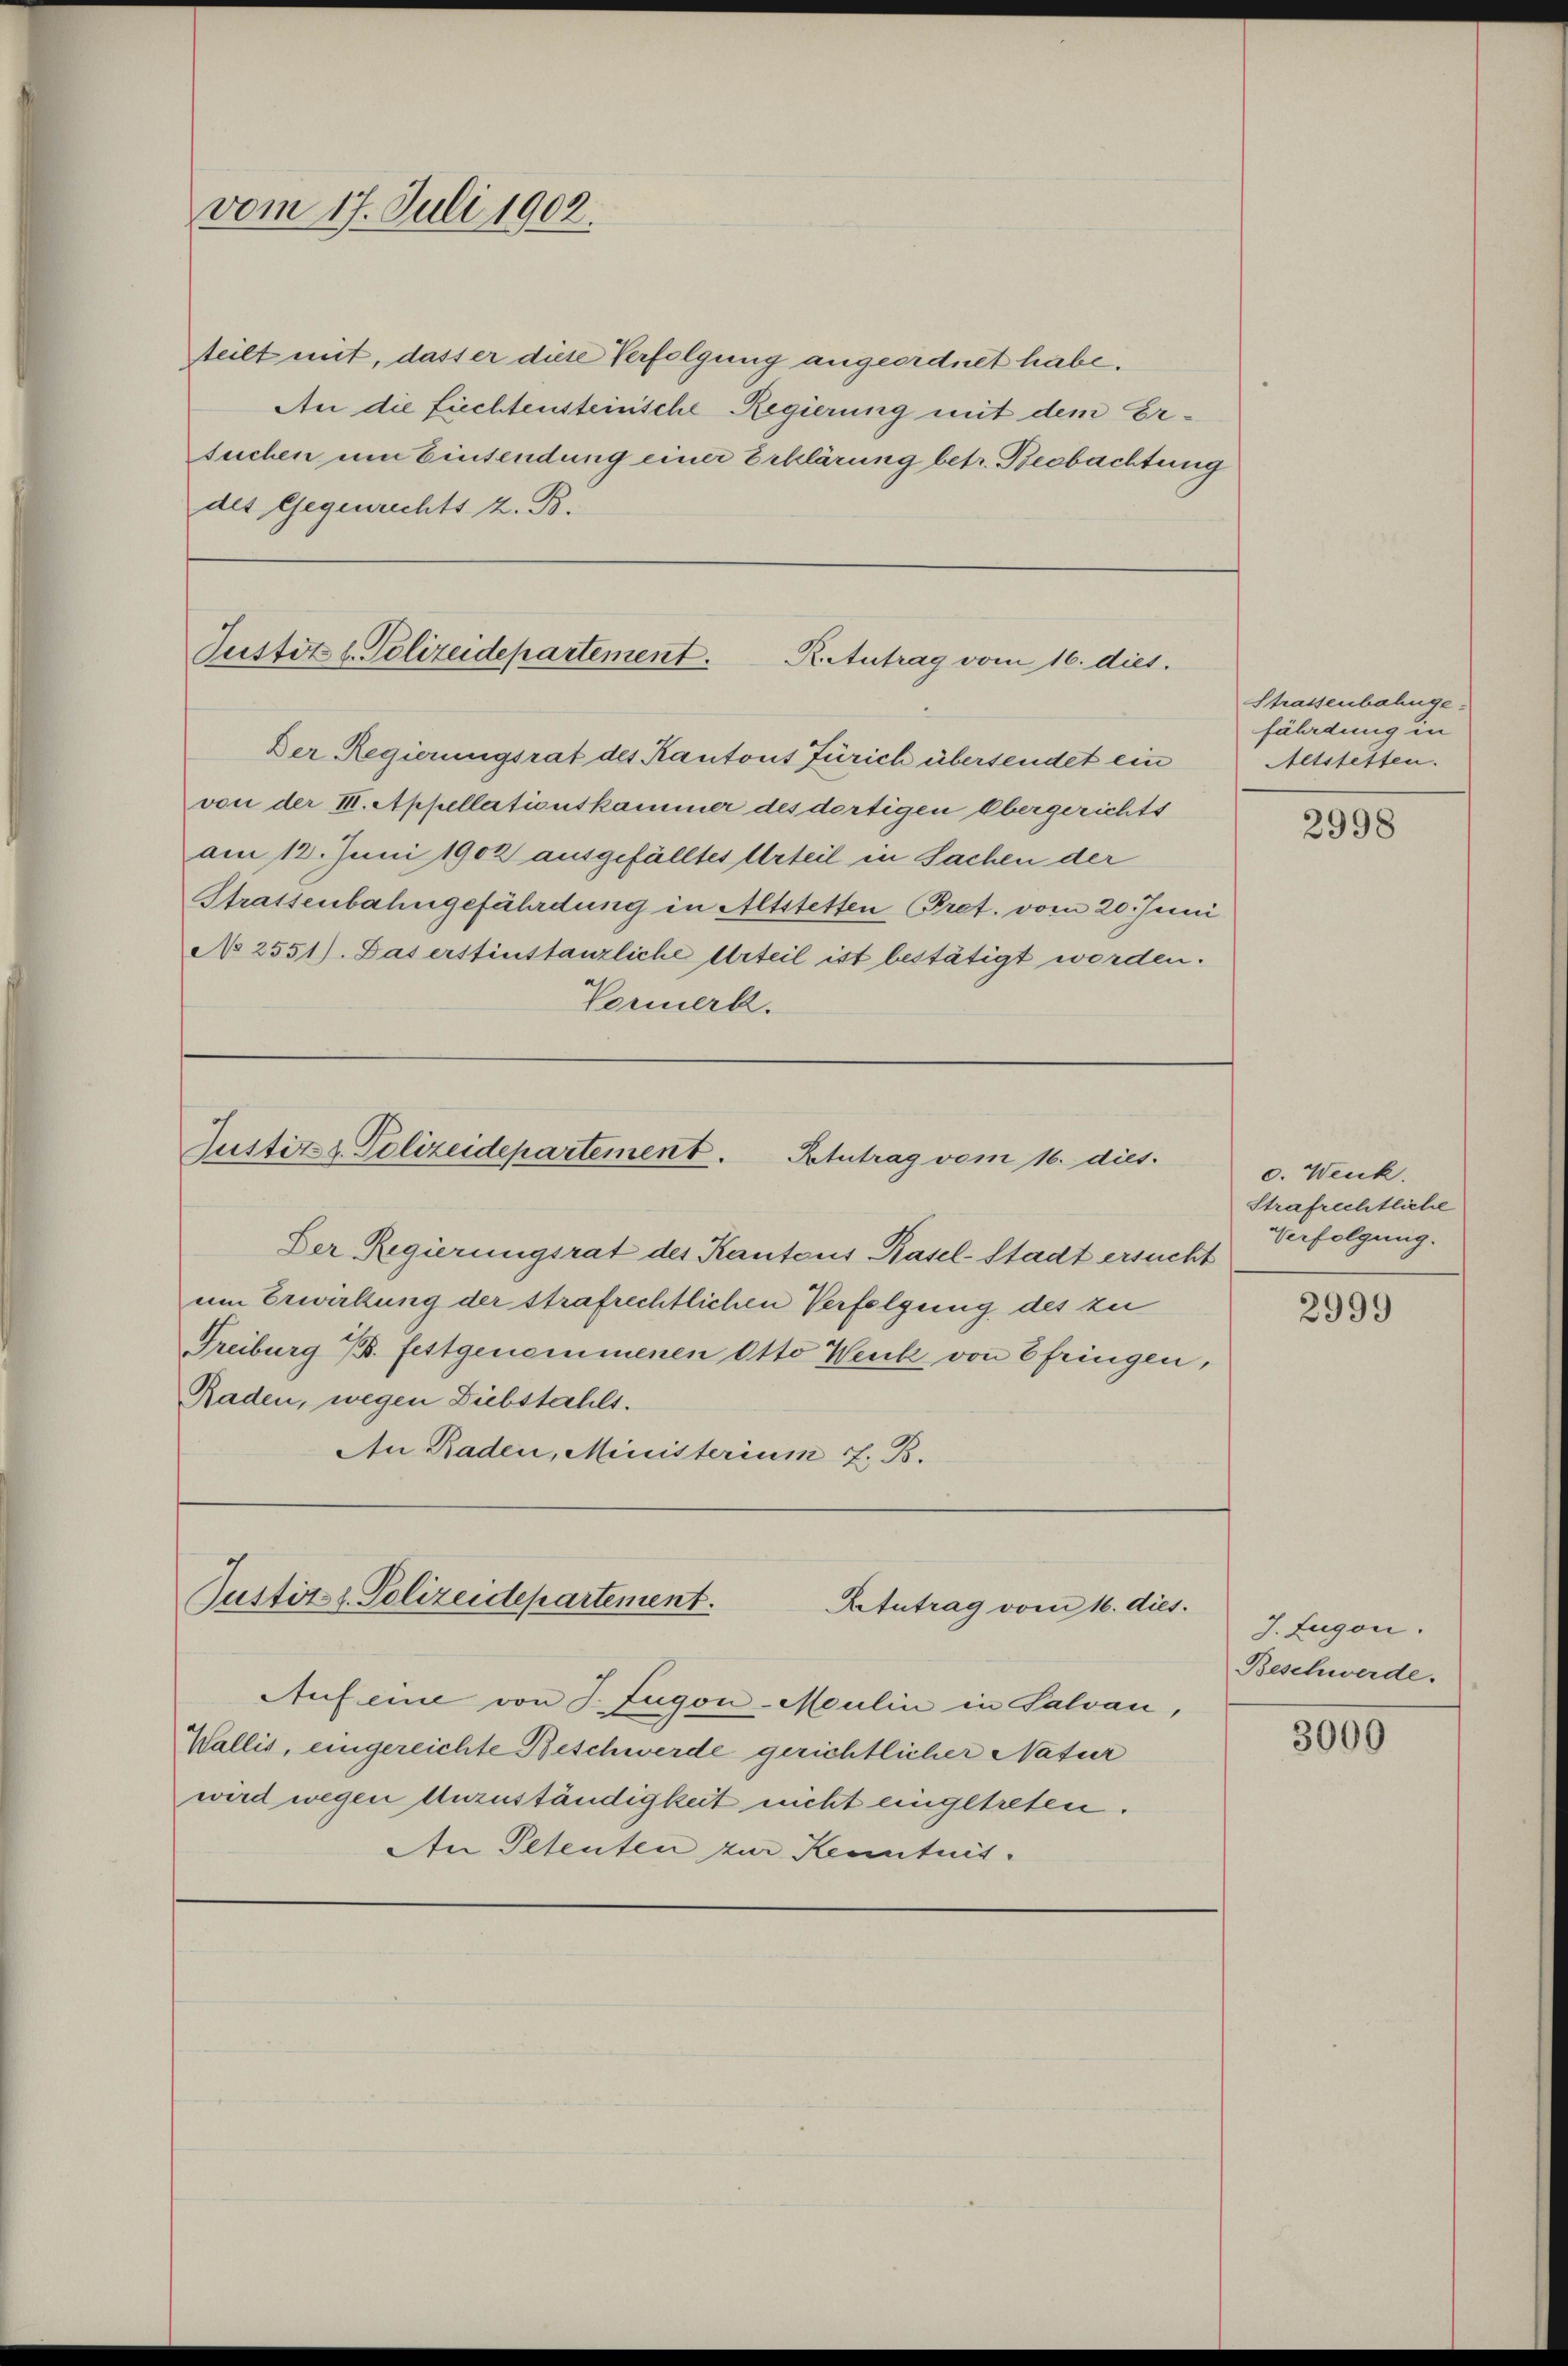
vom 17. Juli 1902.

teilt mit, dasser diese Verfolgung angeordnet habe.
An die fiechtensteinsche Regierung mit dem Ersuchen um Einsendung einer Erklärung betr. Beobachtung
des Gegenrechts z. B.

Justiz l. Polizeidepartement.
R. Antrag vom 16. dies.

Justiz z. Polizeidepartement.
Atutrag vom 16. dies.

Der Regierungsrat des Kantons Zürich übersendet ein
von der III. Appellationskammer des dortigen Obergerichts
am 12. Juni 1902 ausgefälltes Urteil in Sachen der
Strassenbahngefährdung in Altstetten Pret. vom 20. Juni
No 2551). Das erstinstanzliche Urteil ist bestätigt worden.
Vormerk.

Justiz- & Polizeidepartement.
Retutrag vom 16. dies.

Der Regierungsrat des Kantons Basel-Stadt ersucht
um Erwirkung der strafrechtlichen Verfolgung des zu
Freiburg B. festgenommenen Otto Werk von Efringen,
Raden, wegen Diebstahls.
An Baden, Ministerium 7. B.

Auf eine von J. Zugon-Moulin in Salvan,
Wallis, eingereichte Beschwerde gerichtlicher Natur
wird wegen Unzuständigkeit nicht eingetreten.
An Petenten zur Kenntnis.

s

Strassenbahnge-
fährdung in
Altstetten.

2998

c. Wenk.
Strafrechtliche
Verfolgung.

2999

J. Eugen.
Beschwerde.

3000